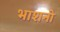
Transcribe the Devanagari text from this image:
भाशनो